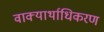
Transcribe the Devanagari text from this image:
वाक्यार्थाधिकरण